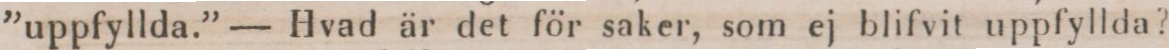
”uppfyllda.” — Hvad är det för saker, som ej blifvil uppfyllda?